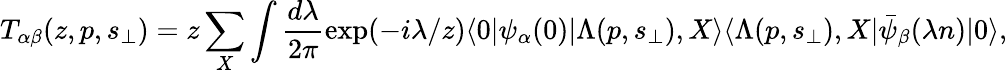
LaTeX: T_{\alpha\beta}(z,p,s_{\perp})=z\sum_{X}\int\frac{d\lambda}{2\pi}\exp(-i\lambda/z)\langle 0|\psi_{\alpha}(0)|\Lambda(p,s_{\perp}),X\rangle\langle\Lambda(p,s_{\perp}),X|\bar{\psi}_{\beta}(\lambda n)|0\rangle,